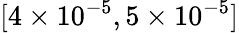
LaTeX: [4\times 10^{-5},5\times 10^{-5}]